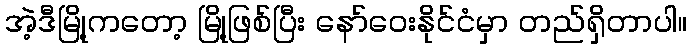
အဲ့ဒီမြို့ကတော့ မြို့ဖြစ်ပြီး နော်ဝေးနိုင်ငံမှာ တည်ရှိတာပါ။